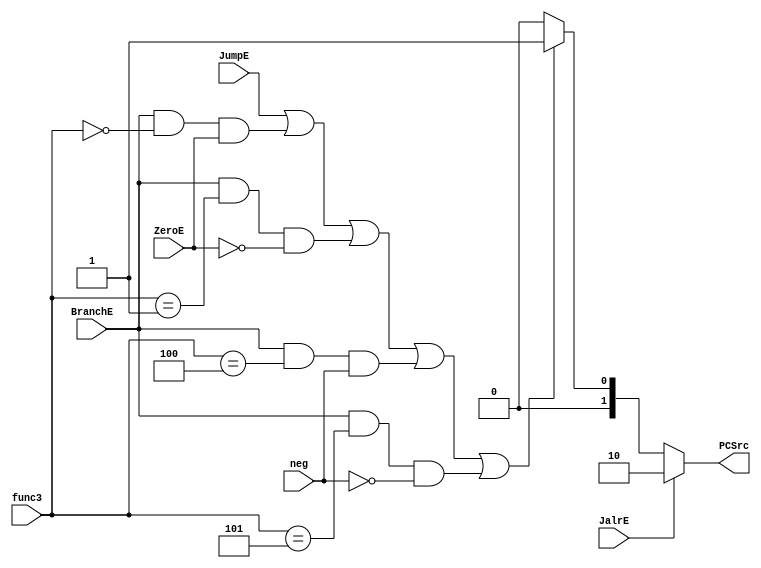


module Decoder(input JalrE,JumpE,BranchE,ZeroE,neg,input[2:0] func3,output[1:0] PCSrc);
	assign PCSrc=(JalrE) ? 2'b10:
		((JumpE)||
		(BranchE && func3==3'b000 && ZeroE)|| // beq
		(BranchE && func3==3'b001 && ~ZeroE)|| // bne
		(BranchE && func3==3'b100 && neg)|| //blt
		(BranchE && func3==3'b101 && ~neg))?2'b01: //bge
		2'b00;
endmodule